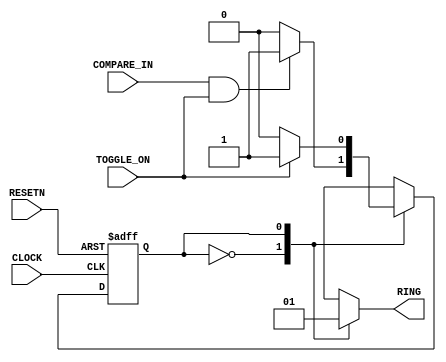
module ALARM_SM_2(COMPARE_IN,TOGGLE_ON,CLOCK,RESETN,RING);
input COMPARE_IN,TOGGLE_ON,CLOCK,RESETN;
output RING;
reg RING,CURRENT_STATE,NEXT_STATE;

parameter IDLE=0, ACTIVATE=1;
        always @ (CURRENT_STATE or COMPARE_IN or TOGGLE_ON) begin

	case (CURRENT_STATE) // synopsys parallel_case full_case

	   IDLE:        begin
			RING <= 0;
			if (COMPARE_IN && TOGGLE_ON) 
				NEXT_STATE <= ACTIVATE;
			else
				NEXT_STATE <= IDLE;
			end

	  ACTIVATE:     begin
			RING <= 1;
			if (!TOGGLE_ON ) 
				NEXT_STATE <= IDLE;
			else
				NEXT_STATE <= ACTIVATE;
			end 
	endcase
	end

        always @ (posedge CLOCK or negedge RESETN) begin
           if (RESETN == 0)
              CURRENT_STATE <= IDLE;
           else
	      CURRENT_STATE <= NEXT_STATE;
	end 
endmodule